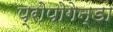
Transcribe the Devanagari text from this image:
प्रोपोगेन्डा